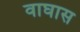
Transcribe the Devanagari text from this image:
वाघास